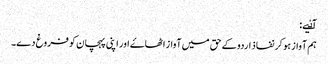
آٸیے:
ہم آواز ہو کر نفاذ اردو کے حق میں آواز اٹھاۓ اور اپنی پہچان کو فروغ دے۔